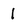
Character: 1